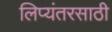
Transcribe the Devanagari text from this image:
लिप्यंतरसाठी